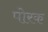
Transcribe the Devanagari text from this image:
पोरक